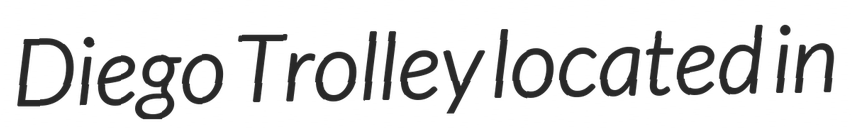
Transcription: Diego Trolley located in